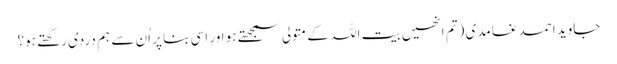
جاوید احمد غامدی (تم اِنھیں بیت اللہ کے متولی سمجھتے ہو اور اِسی بنا پر اُن سے ہم دردی رکھتے ہو؟